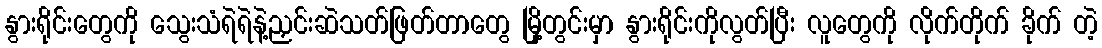
နွားရိုင်းတွေကို သွေးသံရဲရဲနဲ့ညှင်းဆဲသတ်ဖြတ်တာတွေ မြို့တွင်းမှာ နွားရိုင်းကိုလွတ်ပြီး လူတွေကို လိုက်တိုက် ခိုက် တဲ့